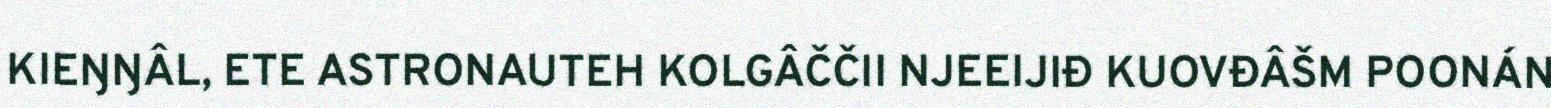
KIEŊŊÂL, ETE ASTRONAUTEH KOLGÂČČII NJEEIJIĐ KUOVĐÂŠM POONÁN